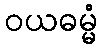
ဝယဓမ္မံ